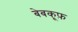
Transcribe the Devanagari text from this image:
बेबकूफ़